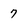
Character: 7